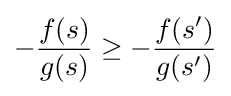
-{\frac {f(s)}{g(s)}}\geq -{\frac {f(s')}{g(s')}}